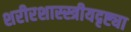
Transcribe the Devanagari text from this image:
शरीरशास्स्त्रीयदृष्ट्या